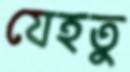
যেহতু